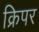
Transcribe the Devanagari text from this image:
क्रिपर